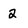
Character: 2